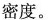
密度。